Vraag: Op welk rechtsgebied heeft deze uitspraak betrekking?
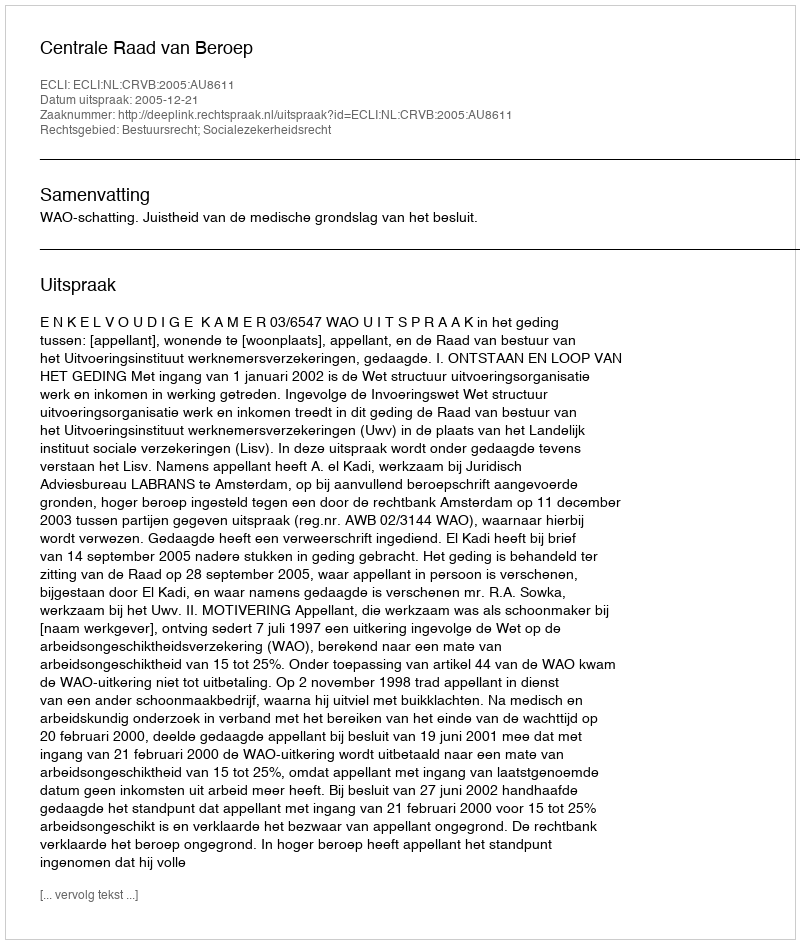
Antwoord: Bestuursrecht; Socialezekerheidsrecht